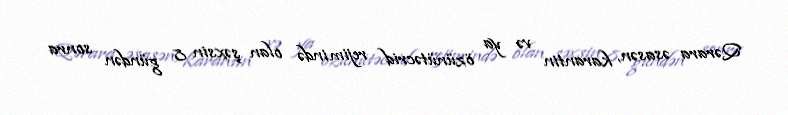
Qərara əsasən, karantin və ya özünütəcrid rejimində olan şəxsin 8 gündən sonra